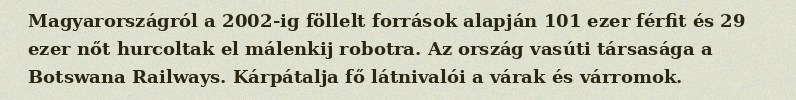
Magyarországról a 2002-ig föllelt források alapján 101 ezer férfit és 29 ezer nőt hurcoltak el málenkij robotra. Az ország vasúti társasága a Botswana Railways. Kárpátalja fő látnivalói a várak és várromok.